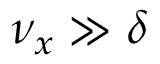
\nu _ { x } \gg \delta